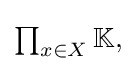
{\textstyle \prod _{x\in X}\mathbb {K} ,}